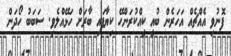
ފޮނުވި އެއްޗެއް އަހަރެން ބުއީ ކީއްކުރަންހޭ ކިޔާފައި ބާރަށް ހަޅޭއްލެވި. ސަބަބު ހޯދަން